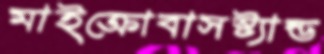
মাইক্রোবাসস্ট্যান্ড